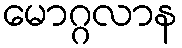
မောဂ္ဂလာန